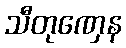
သီတုဏှေန